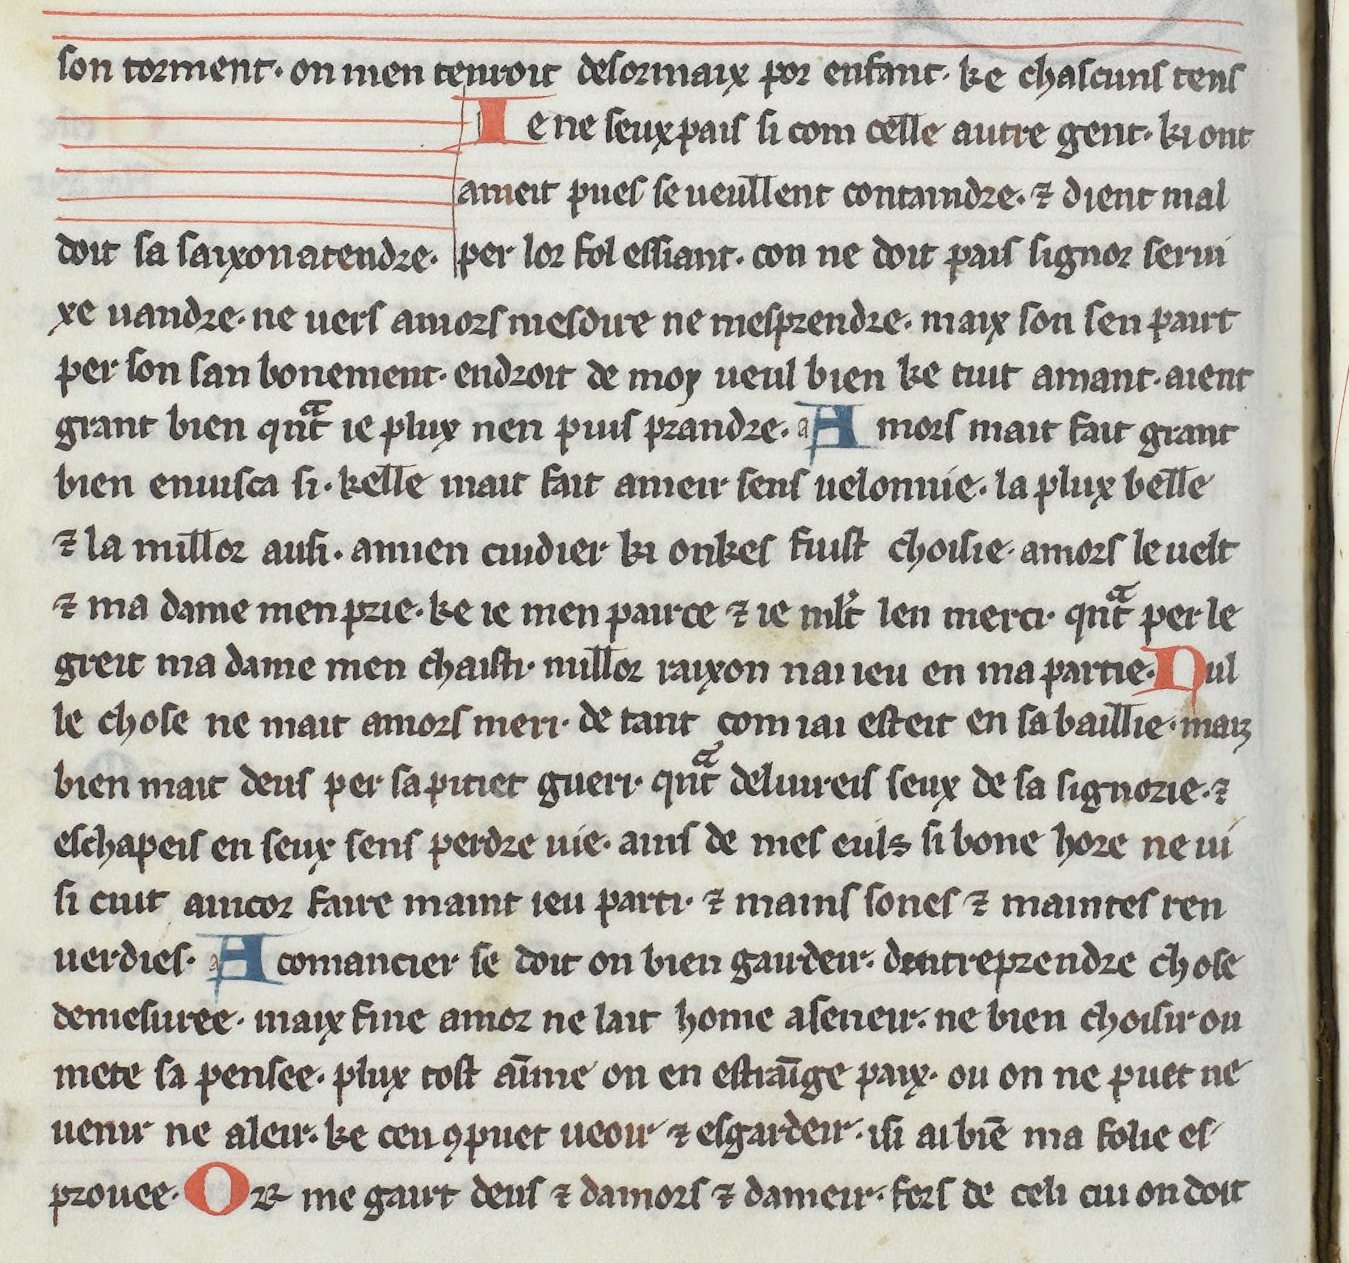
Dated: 1275–1299